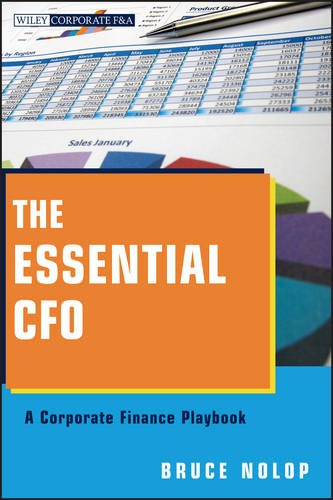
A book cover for The Essential CFO: A Corporate Finance Playbook; Bruce P. Nolop; Business & Money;